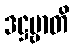
ဒဋ္ဌဗ္ဗာတိ